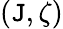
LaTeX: (\mathtt{J},\zeta)